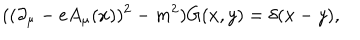
( ( \partial _ { \mu } - e A _ { \mu } ( x ) ) ^ { 2 } - m ^ { 2 } ) G ( x , y ) = \delta ( x - y ) ,